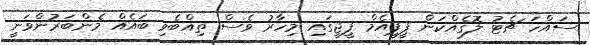
ސައްހަ ޗެޓު ލޮގެއްކަން ޕީޕީއެމް ޕީޖީގައި މިހާރު ވެސް ތިއްބެވި ބައެއް މެންބަރުންވަނީ